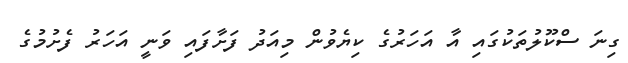
ގިނަ ސްކޫލުތަކުގައި އާ އަހަރުގެ ކިޔެވުން މިއަދު ފަށާފައި ވަނީ އަހަރު ފެށުމުގެ